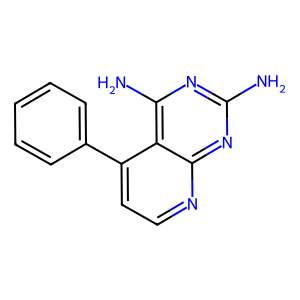
SMILES: Nc1nc(N)c2c(-c3ccccc3)ccnc2n1
Inhibits HIV replication: No